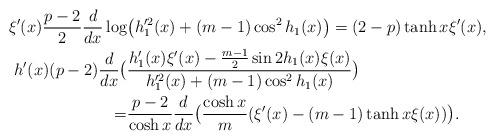
LaTeX: \begin{align*}\xi'(x)\frac{p-2}{2}\frac{d}{dx}\log&\big(h_1'^2(x)+(m-1)\cos^2h_1(x)\big)=(2-p)\tanh x \xi'(x), \\h'(x)(p-2)\frac{d}{dx}\big(&\frac{h_1'(x)\xi'(x)-\frac{m-1}{2}\sin 2h_1(x)\xi(x)}{h_1'^2(x)+(m-1)\cos^2h_1(x)}\big) \\=&\frac{p-2}{\cosh x }\frac{d}{dx}\big(\frac{\cosh x}{m}(\xi'(x)-(m-1)\tanh x \xi(x))\big).\end{align*}